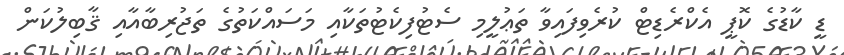
ޑީ ކާޑުގެ ކޮޕީ އެކްރެޑިޓް ކުރެވިފައިވާ ތަޢުލީމި ސެޓުފިކެޓުތަކާއި މަސައްކަތުގެ ތަޖުރިބާއާއި ޤާބިލުކަން